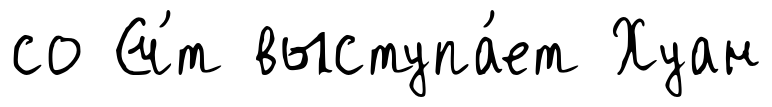
со Сч́т выступа́ет Хуан